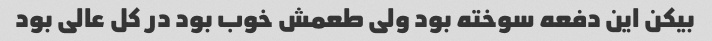
بیکن این دفعه سوخته بود ولی طعمش خوب بود در کل عالی بود